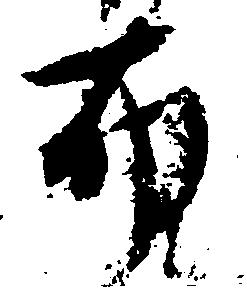
布